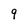
Character: 9